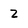
Character: Z